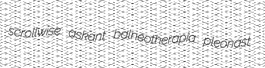
scrollwise askant balneotherapia pleonast